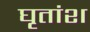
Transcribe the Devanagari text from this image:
घृतांश